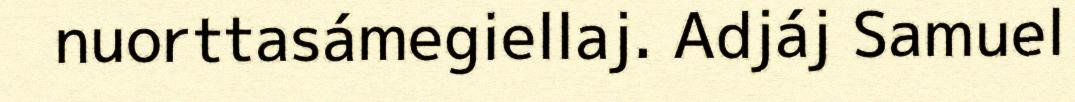
nuorttasámegiellaj. Adjáj Samuel